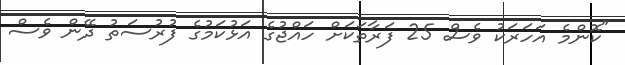
"ކޮންމެ އަހަރަކު ވެސް 25 ފަރާތަކަށް ހައްޖުގެ އަޅުކަމުގެ ފުރުސަތު ދޭން ވެސް